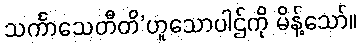
သင်္ကာသေတီတိ’ဟူသောပါဌ်ကို မိန့်သော်။